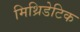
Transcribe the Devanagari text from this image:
मिथ्रिडेटिक